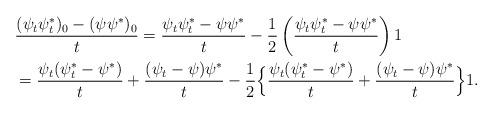
LaTeX: \begin{align*}&\frac{(\psi_t\psi^*_t)_0 -(\psi \psi^*)_0}{t} = \frac{\psi_t \psi^*_t - \psi \psi^*}{t} -\frac{1}{2} \left(\frac{\psi_t \psi^*_t - \psi \psi^*}{t}\right)1 \\& = \frac{\psi_t(\psi^*_t - \psi^*)}{t} + \frac{(\psi_t - \psi) \psi^*}{t} -\frac{1}{2} \Big\{ \frac{\psi_t(\psi^*_t -\psi^*)}{t} + \frac{(\psi_t -\psi)\psi^*}{t}\Big \}1.\end{align*}